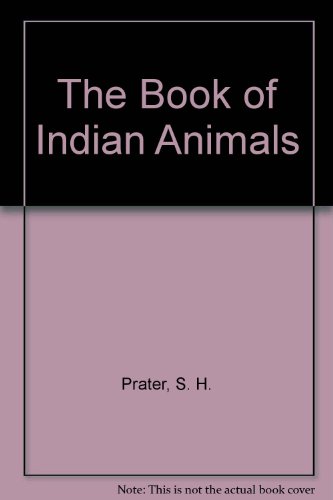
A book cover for The Book of Indian Animals; S. H. Prater; Sports & Outdoors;